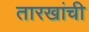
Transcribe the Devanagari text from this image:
तारखांची